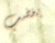
يغضب